Report of the Imperial Institute of Veterinary Research, Muktesar
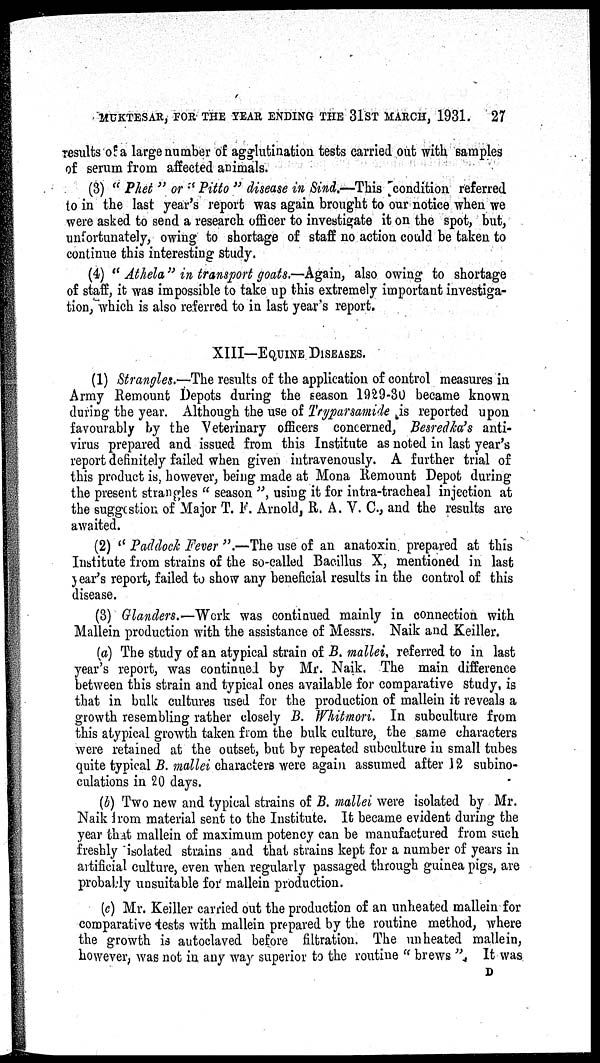
MUKTESAR, FOR THE YEAR ENDING THE 31ST MARCH, 1931. 27
results of a large number of agglutination tests carried out with samples
of serum from affected animals.
(3) " Phet " or "Pitto " disease in Sind.—This condition referred
to in the last year's report was again brought to our notice when we
were asked to send a research officer to investigate it on the spot, but,
unfortunately, owing to shortage of staff no action could be taken to
continue this interesting study.
(4) " Athela " in transport goats.—Again, also owing to shortage
of staff, it was impossible to take up this extremely important investiga¬
tion, which is also referred to in last year's report.
XIII—EQUINE DISEASES.
(1) Strangles.—The results of the application of control measures in
Army Remount Depots during the season 1929-30 became known
during the year. Although the use of Tryparsamide is reported upon
favourably by the Veterinary officers concerned, Besredka's anti-
virus prepared and issued from this Institute as noted in last year's
report definitely failed when given intravenously. A further trial of
this product is, however, being made at Mona Remount Depot during
the present strangles " season ", using it for intra-tracheal injection at
the suggestion of Major T. F. Arnold, R. A. V. C., and the results are
awaited.
(2) " Paddock Fever ".—The use of an anatoxin prepared at this
Institute from strains of the so-called Bacillus X, mentioned in last
year's report, failed to show any beneficial results in the control of this
disease.
(3) Glanders.—Work was continued mainly in connection with
Mallein production with the assistance of Messrs. Naik and Keiller.
(a) The study of an atypical strain of B. mallei, referred to in last
year's report, was continued by Mr. Naik. The main difference
between this strain and typical ones available for comparative study, is
that in bulk cultures used for the production of mallein it reveals a
growth resembling rather closely B. Whitmori. In subculture from
this atypical growth taken from the bulk culture, the same characters
were retained at the outset, but by repeated subculture in small tubes
quite typical B. mallei characters were again assumed after 12 subino¬
culations in 20 days.
(b) Two new and typical strains of B. mallei were isolated by Mr.
Naik from material sent to the Institute. It became evident during the
year that mallein of maximum potency can be manufactured from such
freshly isolated strains and that strains kept for a number of years in
artificial culture, even when regularly passaged through guinea pigs, are
probably unsuitable for mallein production.
(c) Mr. Keiller carried out the production of an unheated mallein for
comparative tests with mallein prepared by the routine method, where
the growth is autoclaved before filtration. The unheated mallein,
however, was not in any way superior to the routine " brews ". It was
D